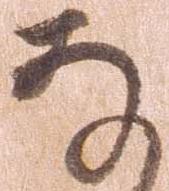
な